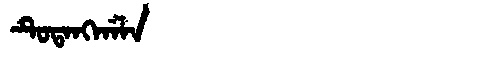
Manchu: ᡨᡠᡨᠠᠩᡤᠠᠯᠠ
Romanization: TUTANGGALA